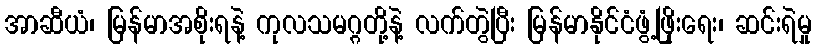
အာဆီယံ၊ မြန်မာအစိုးရနဲ့ ကုလသမဂ္ဂတို့နဲ့ လက်တွဲပြီး မြန်မာနိုင်ငံဖွံ့ဖြိုးရေး၊ ဆင်းရဲမှု